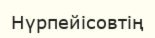
Нүрпейісовтің